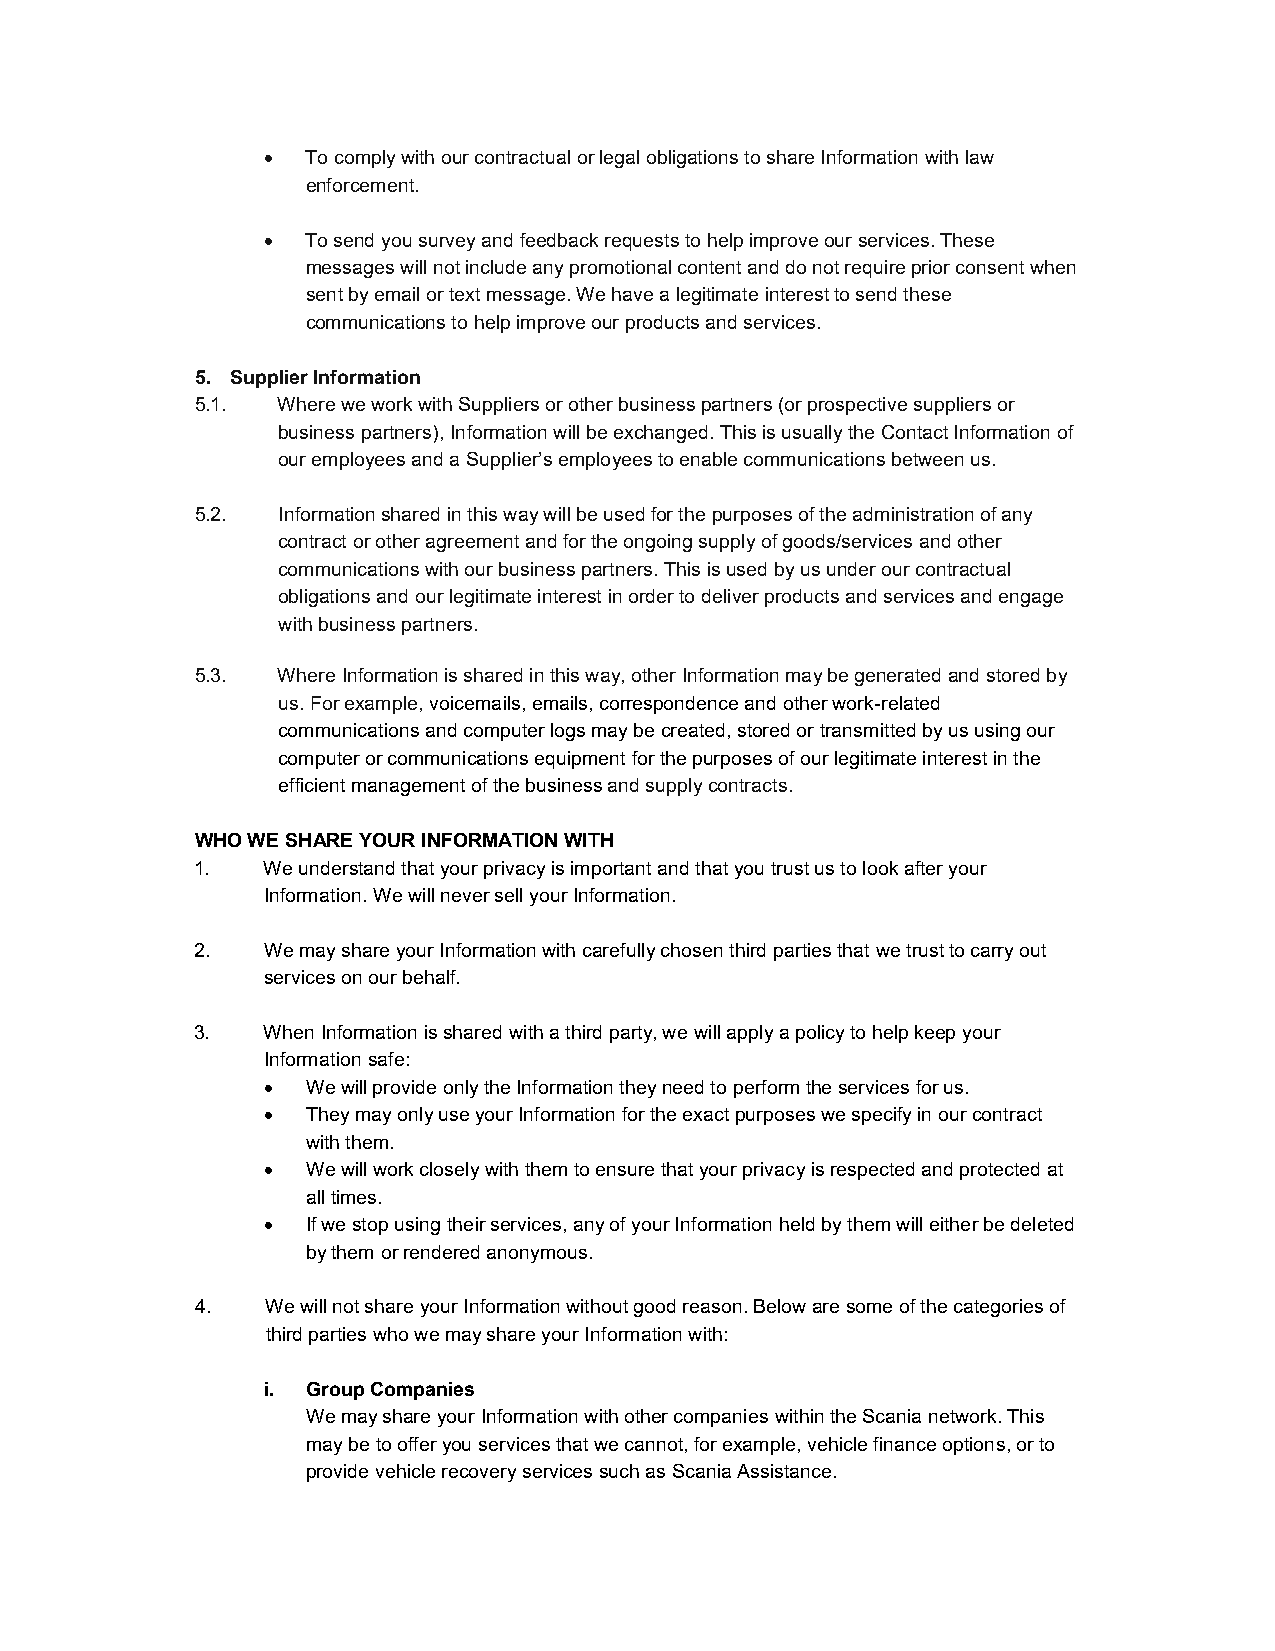
  To comply with our contractual or legal obligations to share Information with law
 enforcement.
   To send you survey and feedback requests to help improve our services. These
 messages will not include any promotional content and do not require prior consent when
 sent by email or text message. We have a legitimate interest to send these
 communications to help improve our products and services.
 5. Supplier Information
 5.1. Where we work with Suppliers or other business partners (or prospective suppliers or
 business partners), Information will be exchanged. This is usually the Contact Information of
 our employees and a Supplier’s employees to enable communications between us.
 5.2. Information shared in this way will be used for the purposes of the administration of any
 contract or other agreement and for the ongoing supply of goods/services and other
 communications with our business partners. This is used by us under our contractual
 obligations and our legitimate interest in order to deliver products and services and engage
 with business partners.
 5.3. Where Information is shared in this way, other Information may be generated and stored by
 us. For example, voicemails, emails, correspondence and other work-related
 communications and computer logs may be created, stored or transmitted by us using our
 computer or communications equipment for the purposes of our legitimate interest in the
 efficient management of the business and supply contracts.
 WHO WE SHARE YOUR INFORMATION WITH
 1.  We understand that your privacy is important and that you trust us to look after your
 Information. We will never sell your Information.
 2.  We may share your Information with carefully chosen third parties that we trust to carry out
 services on our behalf.
 3.  When Information is shared with a third party, we will apply a policy to help keep your
 Information safe:
   We will provide only the Information they need to perform the services for us.
   They may only use your Information for the exact purposes we specify in our contract
 with them.
   We will work closely with them to ensure that your privacy is respected and protected at
 all times.
   If we stop using their services, any of your Information held by them will either be deleted
 by them or rendered anonymous.
 4.   We will not share your Information without good reason. Below are some of the categories of
 third parties who we may share your Information with:
 i. Group Companies
 We may share your Information with other companies within the Scania network. This
 may be to offer you services that we cannot, for example, vehicle finance options, or to
 provide vehicle recovery services such as Scania Assistance.